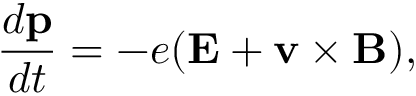
\frac { d \mathbf { p } } { d t } = - e ( \mathbf { E } + \mathbf { v } \times \mathbf { B } ) ,